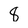
Character: 8